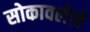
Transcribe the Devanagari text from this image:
सोकावलेले